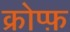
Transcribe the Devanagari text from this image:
क्रोप्फ़